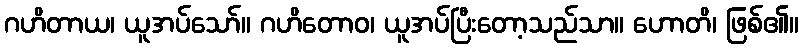
ဂဟိတာယ၊ ယူအပ်သော်။ ဂဟိတောဝ၊ ယူအပ်ပြီးတော့သည်သာ။ ဟောတိ၊ ဖြစ်၏။